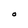
Character: O